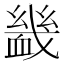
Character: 𧗇